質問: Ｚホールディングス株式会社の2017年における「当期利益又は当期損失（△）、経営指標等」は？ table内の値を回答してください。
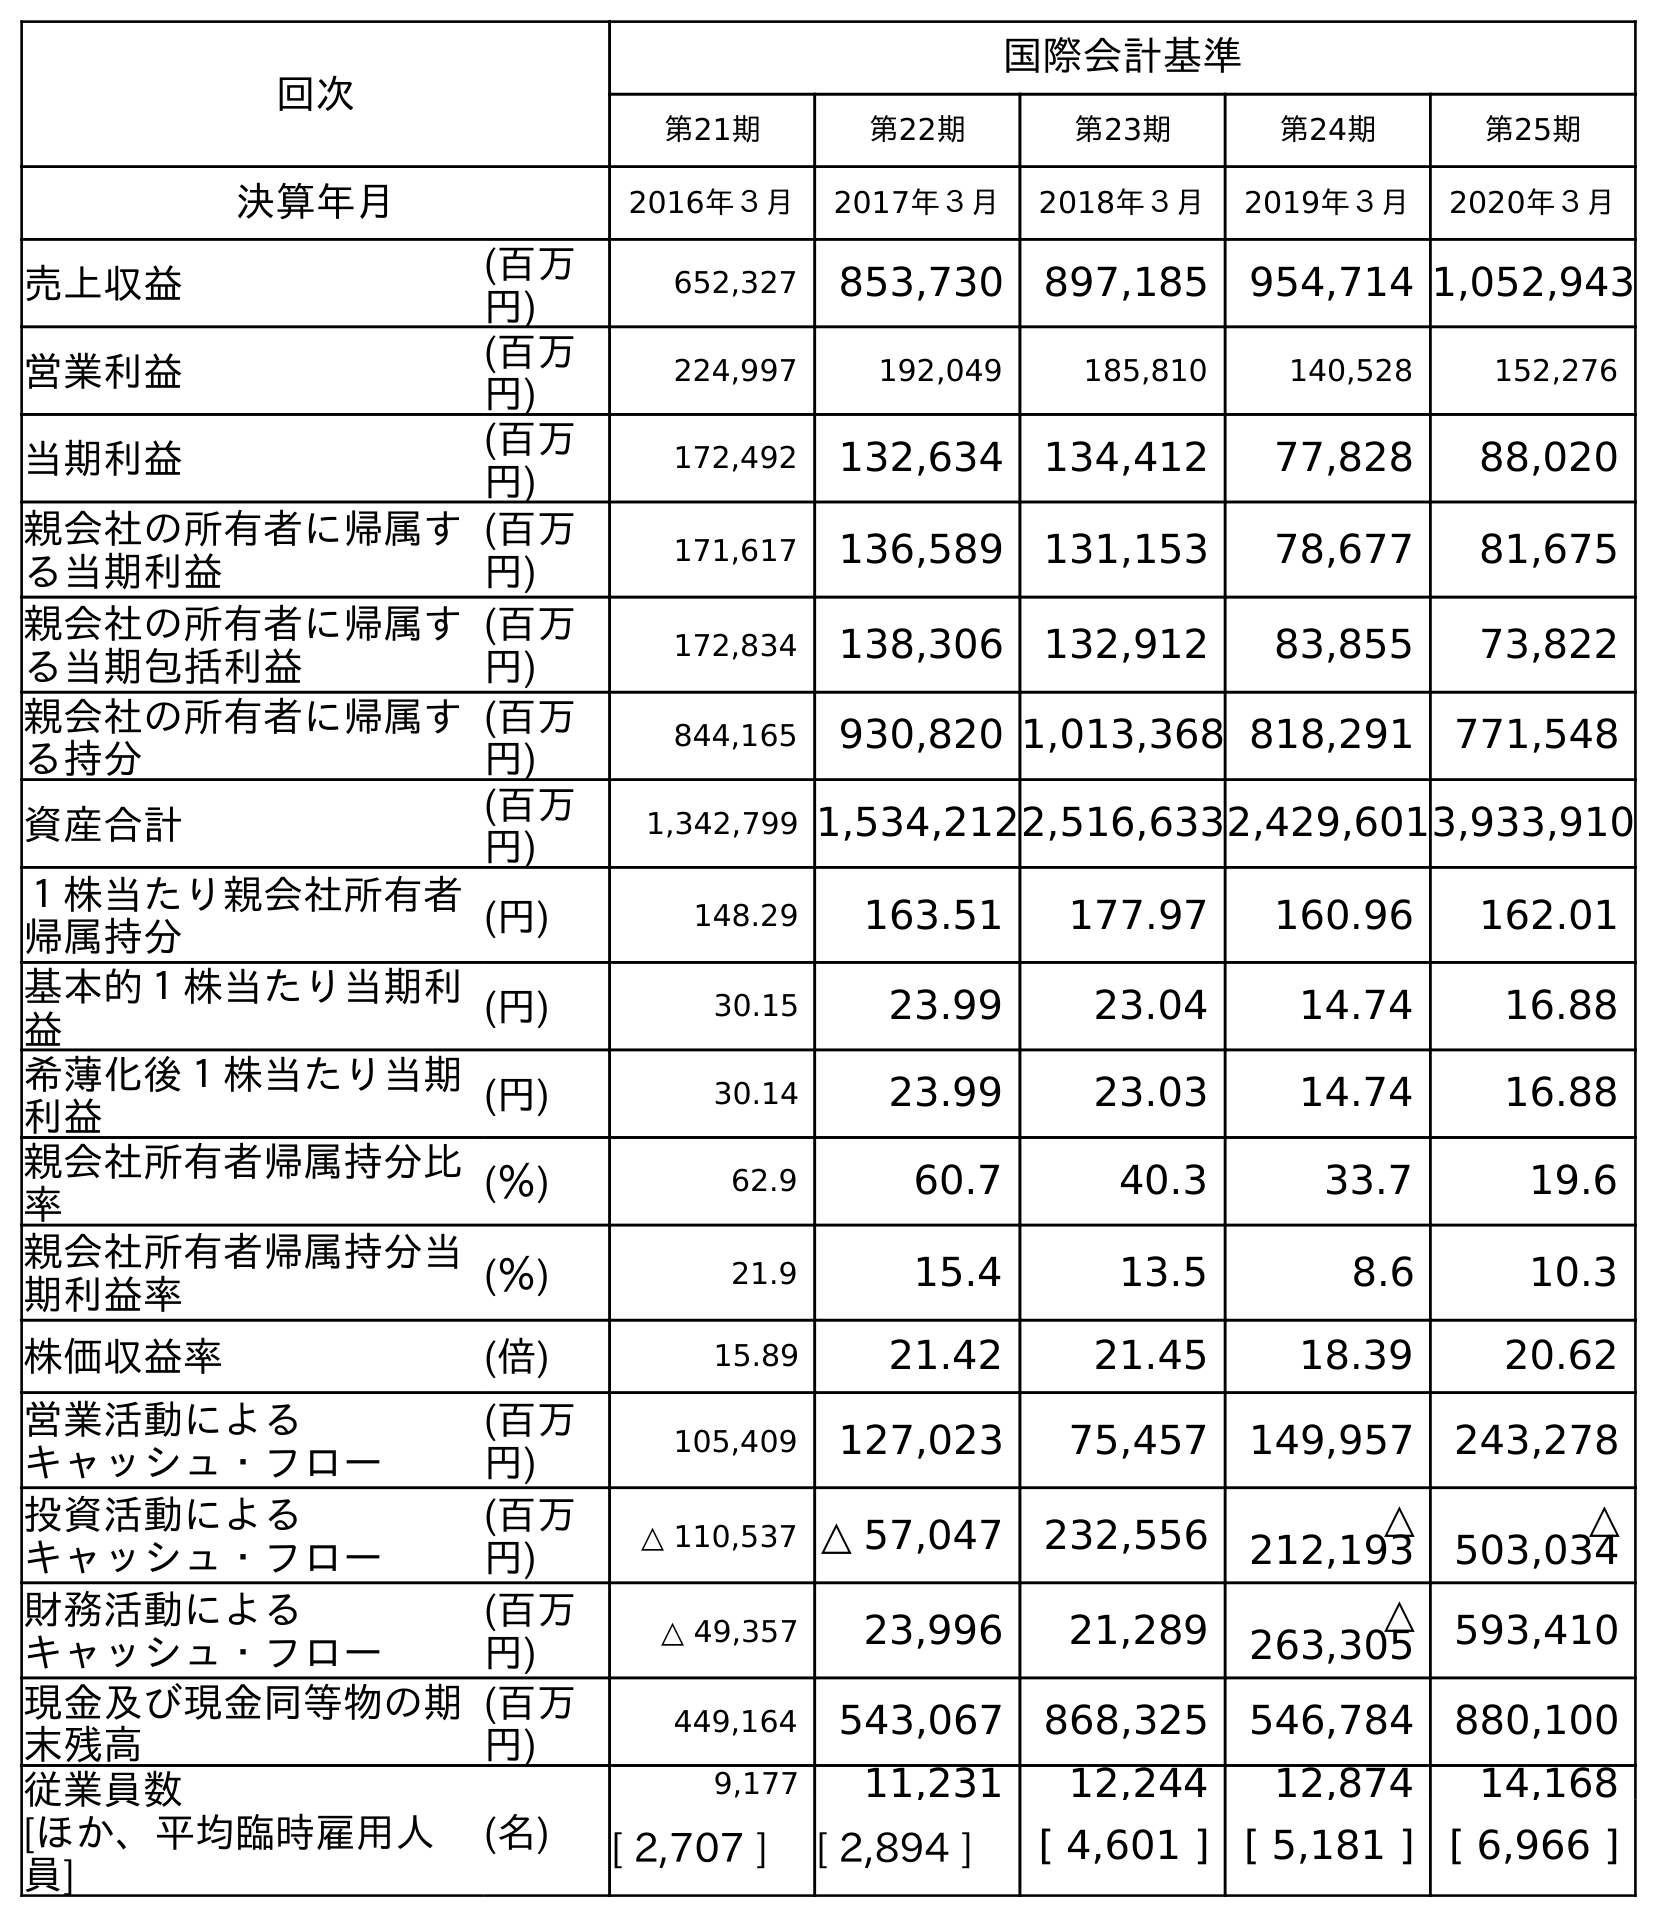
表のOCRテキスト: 回次 国際会計基準 第21期 第22期 第23期 第24期 第25期 決算年月 2016年３月 2017年３月 2018年３月 2019年３月 2020年３月 売上収益 (百万 円) 652,327 853,730 897,185 954,714 1,052,943 営業利益 (百万 円) 224,997 192,049 185,810 140,528 152,276 当期利益 (百万 円) 172,492 132,634 134,412 77,828 88,020 親会社の所有者に帰属す る当期利益 (百万 円) 171,617 136,589 131,153 78,677 81,675 親会社の所有者に帰属す る当期包括利益 (百万 円) 172,834 138,306 132,912 83,855 73,822 親会社の所有者に帰属す る持分 (百万 円) 844,165 930,820 1,013,368 818,291 771,548 資産合計 (百万 円) 1,342,799 1,534,2122,516,6332,429,6013,933,910 １株当たり親会社所有者 帰属持分 (円) 148.29 163.51 177.97 160.96 162.01 基本的１株当たり当期利 益 (円) 30.15 23.99 23.04 14.74 16.88 希薄化後１株当たり当期 利益 (円) 30.14 23.99 23.03 14.74 16.88 親会社所有者帰属持分比 率 (％) 62.9 60.7 40.3 33.7 19.6 親会社所有者帰属持分当 期利益率 (％) 21.9 15.4 13.5 8.6 10.3 株価収益率 (倍) 15.89 21.42 21.45 18.39 20.62 営業活動による キャッシュ・フロー (百万 円) 105,409 127,023 75,457 149,957 243,278 投資活動による キャッシュ・フロー (百万 円) △ 110,537 △ 57,047 232,556 △ 212,193 △ 503,034 財務活動による キャッシュ・フロー (百万 円) △ 49,357 23,996 21,289 △ 263,305 593,410 現金及び現金同等物の期 末残高 (百万 円) 449,164 543,067 868,325 546,784 880,100 従業員数 [ほか、平均臨時雇用人 員] (名) 9,177 11,231 12,244 12,874 14,168 [ 2,707 ] [ 2,894 ] [ 4,601 ] [ 5,181 ] [ 6,966 ]
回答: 132,634